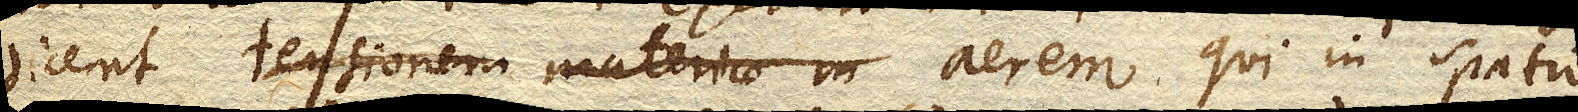
dicent tensionem materiae in aerem qui in spatio